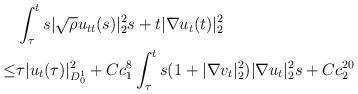
LaTeX: \begin{align*}&\int_{\tau}^{t}s|\sqrt{\rho}u_{tt}(s)|^2_2s+t|\nabla u_t(t)|^2_{2}\\\leq& \tau| u_t(\tau)|^2_{D^1_0}+Cc^8_1\int_{\tau}^{t}s(1+|\nabla v_t|^2_2)|\nabla u_t|^2_{2}s+Cc^{20}_2\end{align*}